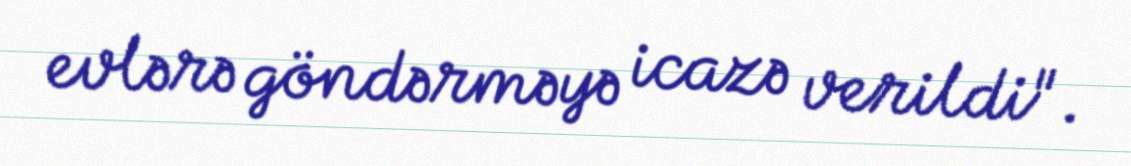
evlərə göndərməyə icazə verildi".